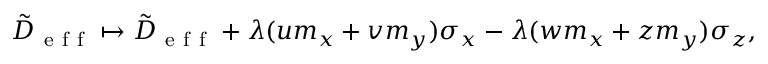
\begin{array} { r } { \tilde { D } _ { \mathrm { ~ e ~ f ~ f ~ } } \mapsto \tilde { D } _ { \mathrm { ~ e ~ f ~ f ~ } } + \lambda ( u m _ { x } + v m _ { y } ) \sigma _ { x } - \lambda ( w m _ { x } + z m _ { y } ) \sigma _ { z } , } \end{array}